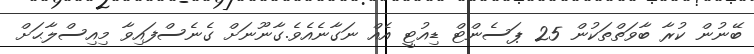
ބޭނުން ކުރާ ބާވަތްތަކުން 25 ޕަސެންޓް ޑިއުޓީ އެއް ނަގާނެއެވެ.ގާނޫނަށް ގެނެސްފައިވާ މިއިސްލާޙަށް